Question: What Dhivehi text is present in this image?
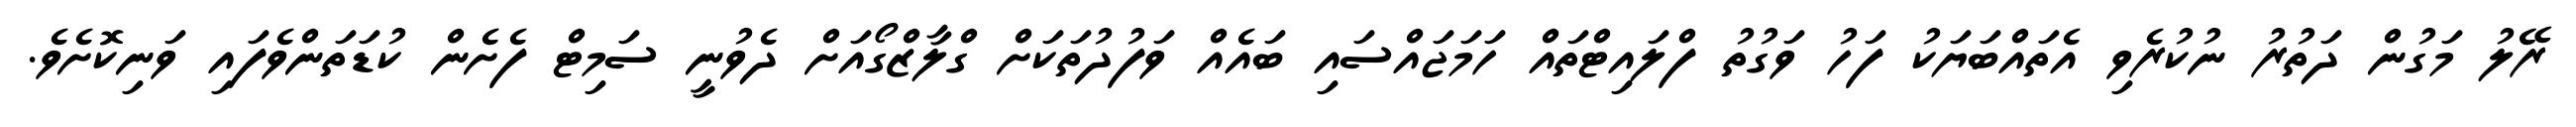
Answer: ރޭލު މަގުން ދަތުރު ނުކުރެވި އެތައްބަޔަކު ފަހު ވަގުތު ފްލައިޓްތައް ހަމަޖައްސައި ބައެއް ވަފުދުތަކަށް ގްލާޒްގޯއަށް ދެވުނީ ސަމިޓް ފެށެން ކުޑަތަންވެފައި ވަނިކޮށެވެ.